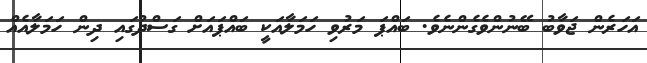
އަހަރެން ޖަވާބު ބޭނުންވެގެންނެވެ. ބައްޕަ މަރުވި ހަމަލާއަކީ ބައްޕައަށް ގަސްދުގައި ދިން ހަމަލާއެއް